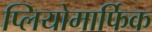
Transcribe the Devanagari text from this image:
प्लियोमार्फिक